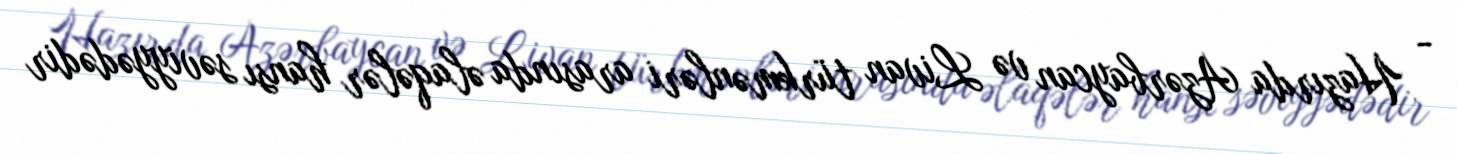
- Hazırda Azərbaycan və Livan türkmənləri arasında əlaqələr hansı səviyyədədir